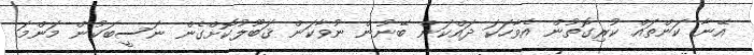
އޭނާ ކަންތައް ކުރިގޮތުން އެވާހަކަ ދައްކަން ބޭނުން ނުވާކަން ޤަބޫލުކޮށްގެން ނަސީބަކުން މަންމަ